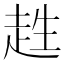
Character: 𧻊